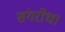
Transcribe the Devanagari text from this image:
संगरोध।